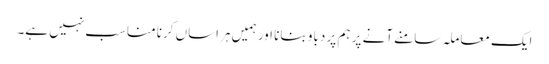
ایک معاملہ سامنے آنے پر ہم پر دباو بنانا اور ہمیں ہراساں کرنا مناسب نہیں ہے۔